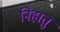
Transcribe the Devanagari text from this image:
निहातु